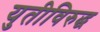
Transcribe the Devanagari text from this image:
युतीविरुद्ध